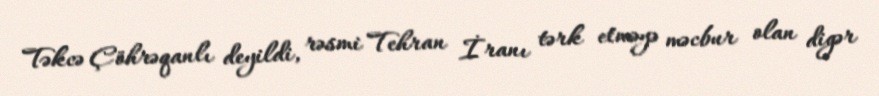
Təkcə Çöhrəqanlı deyildi, rəsmi Tehran İranı tərk etməyə məcbur olan digər